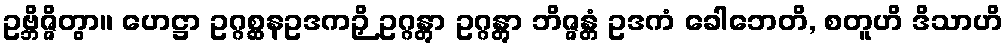
ဥဗ္ဘိဇ္ဇိတွာ။ ဟေဋ္ဌာ ဥဂ္ဂစ္ဆနဥဒကဉှိ ဥဂ္ဂန္တွာ ဥဂ္ဂန္တွာ ဘိဇ္ဇန္တံ ဥဒကံ ခေါဘေတိ, စတူဟိ ဒိသာဟိ